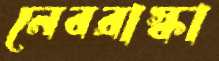
নেবরাস্কা